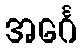
အင်္ဂေ